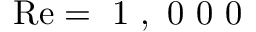
\mathrm { R e } = \mathrm { ~ 1 ~ , ~ 0 ~ 0 ~ 0 ~ }